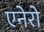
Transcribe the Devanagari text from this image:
एनेरो